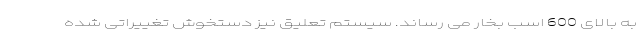
به بالای 600 اسب بخار می رساند. سیستم تعلیق نیز دستخوش تغییراتی شده